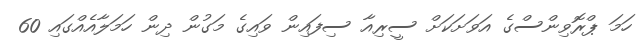
ހަމަ ޕްރޮވިންސްގެ އަވަށަކަށް ސީރިއާ ސިފައިން ވައިގެ މަގުން ދިން ހަމަލާއެއްގައި 60